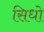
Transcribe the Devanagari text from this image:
सिधो